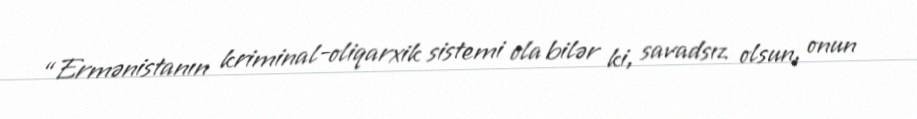
“Ermənistanın kriminal-oliqarxik sistemi ola bilər ki, savadsız olsun, onun